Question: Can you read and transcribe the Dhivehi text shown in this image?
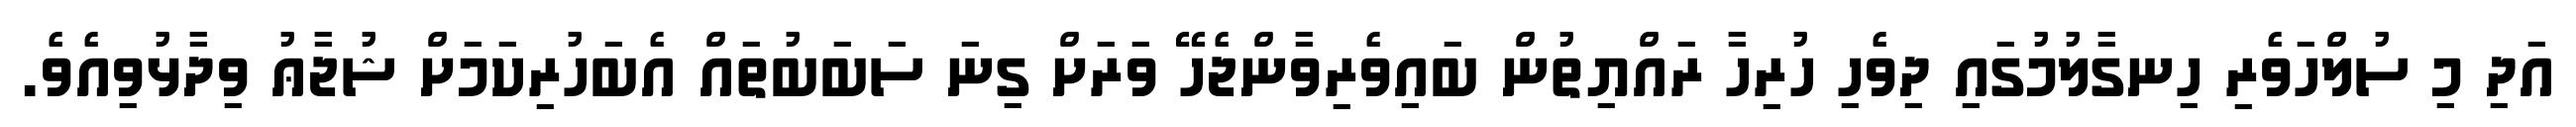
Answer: އަދި މި ސުލްހަވެރި ހިނގާލުމުގައި ދިވެހި ހުރިހާ ރައްޔިތުން ބައިވެރިވާންޖެހޭ ވަރަށް ގިނަ ސަބަބުތައް އެބަހުރިކަމަށް ޝުޖާޢު ވިދާޅުވިއެވެ.